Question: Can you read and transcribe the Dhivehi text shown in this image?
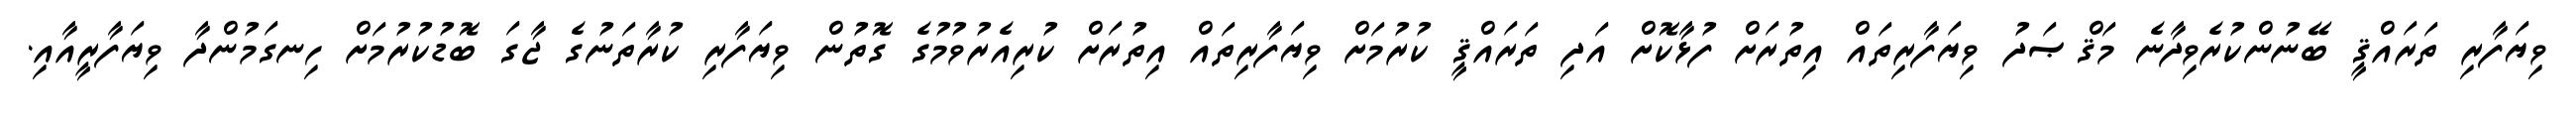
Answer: ވިޔަފާރި ތަރައްޤީ ބޭނުންކުރެވިދާނެ މަޤްޞަދު ވިޔަފާރިތައް އިތުރަށް ފުޅާކޮށް އަދި ތަރައްޤީ ކުރުމަށް ވިޔަފާރިތައް އިތުރަށް ކުރިއެރުވުމުގެ ގޮތުން ވިޔަފާރި ކުރާތަނުގެ ޖާގަ ބޮޑުކުރުމަށް ހިނގަމުންދާ ވިޔަފާރީއާއި.